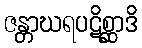
ဇန္တာဃရပဋိစ္ဆာဒိ